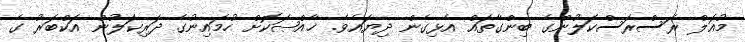
މުޣަލް ރަސްރަސްކަލުންގެ ބިންގާތައް އެޅިގެން ދިޔައެވެ. ޚާއްޞަކޮށް ހުމައިނުގެ ދަރިކަލުން އަކްބަރު ގެ